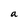
Character: a